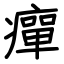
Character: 癉